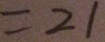
= 2 1